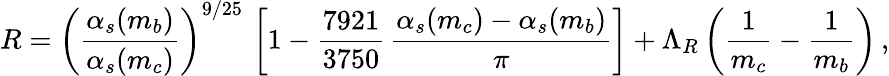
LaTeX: R=\left(\frac{\alpha_{s}(m_{b})}{\alpha_{s}(m_{c})}\right)^{9/25}\, \left[1-\frac{7921}{3750}\, \frac{\alpha_{s}(m_{c})-\alpha_{s}(m_{b})}{\pi}\right]+\Lambda_{R}\left(\frac{1}{m_{c}}-\frac{1}{m_{b}}\right)\, ,